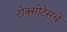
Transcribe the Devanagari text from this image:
टोक्सोटेसचे